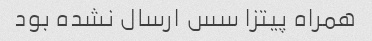
همراه پیتزا سس ارسال نشده بود